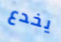
يخدع